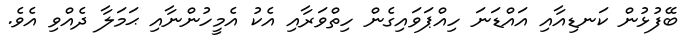
ބޭފުޅުން ކަނޑިއާއި އައްޑަނަ ހިއްޕަވައިގެން ހިތްވަރާއި އެކު އެމީހުންނާއި ޙަމަލާ ދެއްވި އެވެ.